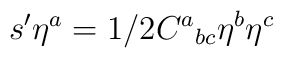
s' \eta^a = 1/2 C^a{}_{bc} \eta^b \eta^c